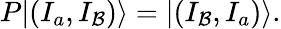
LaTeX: P|(I_{a},I_{\mathcal{B}})\rangle=|(I_{\mathcal{B}},I_{a})\rangle.